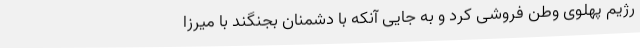
رژیم پهلوی وطن فروشی کرد و به جایی آنکه با دشمنان بجنگند با میرزا